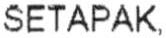
SETAPAK,